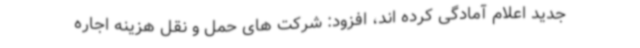
جدید اعلام آمادگی کرده اند، افزود: شرکت های حمل و نقل هزینه اجاره